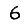
Digit: 6